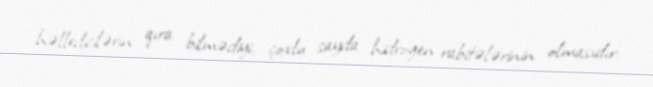
həlledicilərin qıra bilmədiyi, çoxlu sayda hidrogen rabitələrinin olmasıdır.